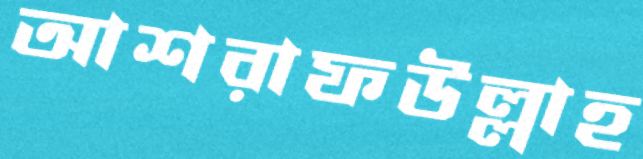
আশরাফউল্লাহ